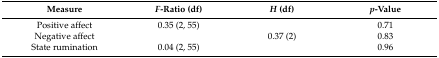
<table><thead><tr><td><b>Measure</b></td><td><b><i>F</i>-Ratio (df)</b></td><td><b><i>H</i> (df)</b></td><td><b><i>p</i>-Value</b></td></tr></thead><tbody><tr><td>Positive affect</td><td>0.35 (2, 55)</td><td></td><td>0.71</td></tr><tr><td>Negative affect</td><td></td><td>0.37 (2)</td><td>0.83</td></tr><tr><td>State rumination</td><td>0.04 (2, 55)</td><td></td><td>0.96</td></tr></tbody></table>